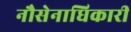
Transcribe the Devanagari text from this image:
नौसेनाधिकारी